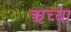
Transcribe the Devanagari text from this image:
ऋच्या